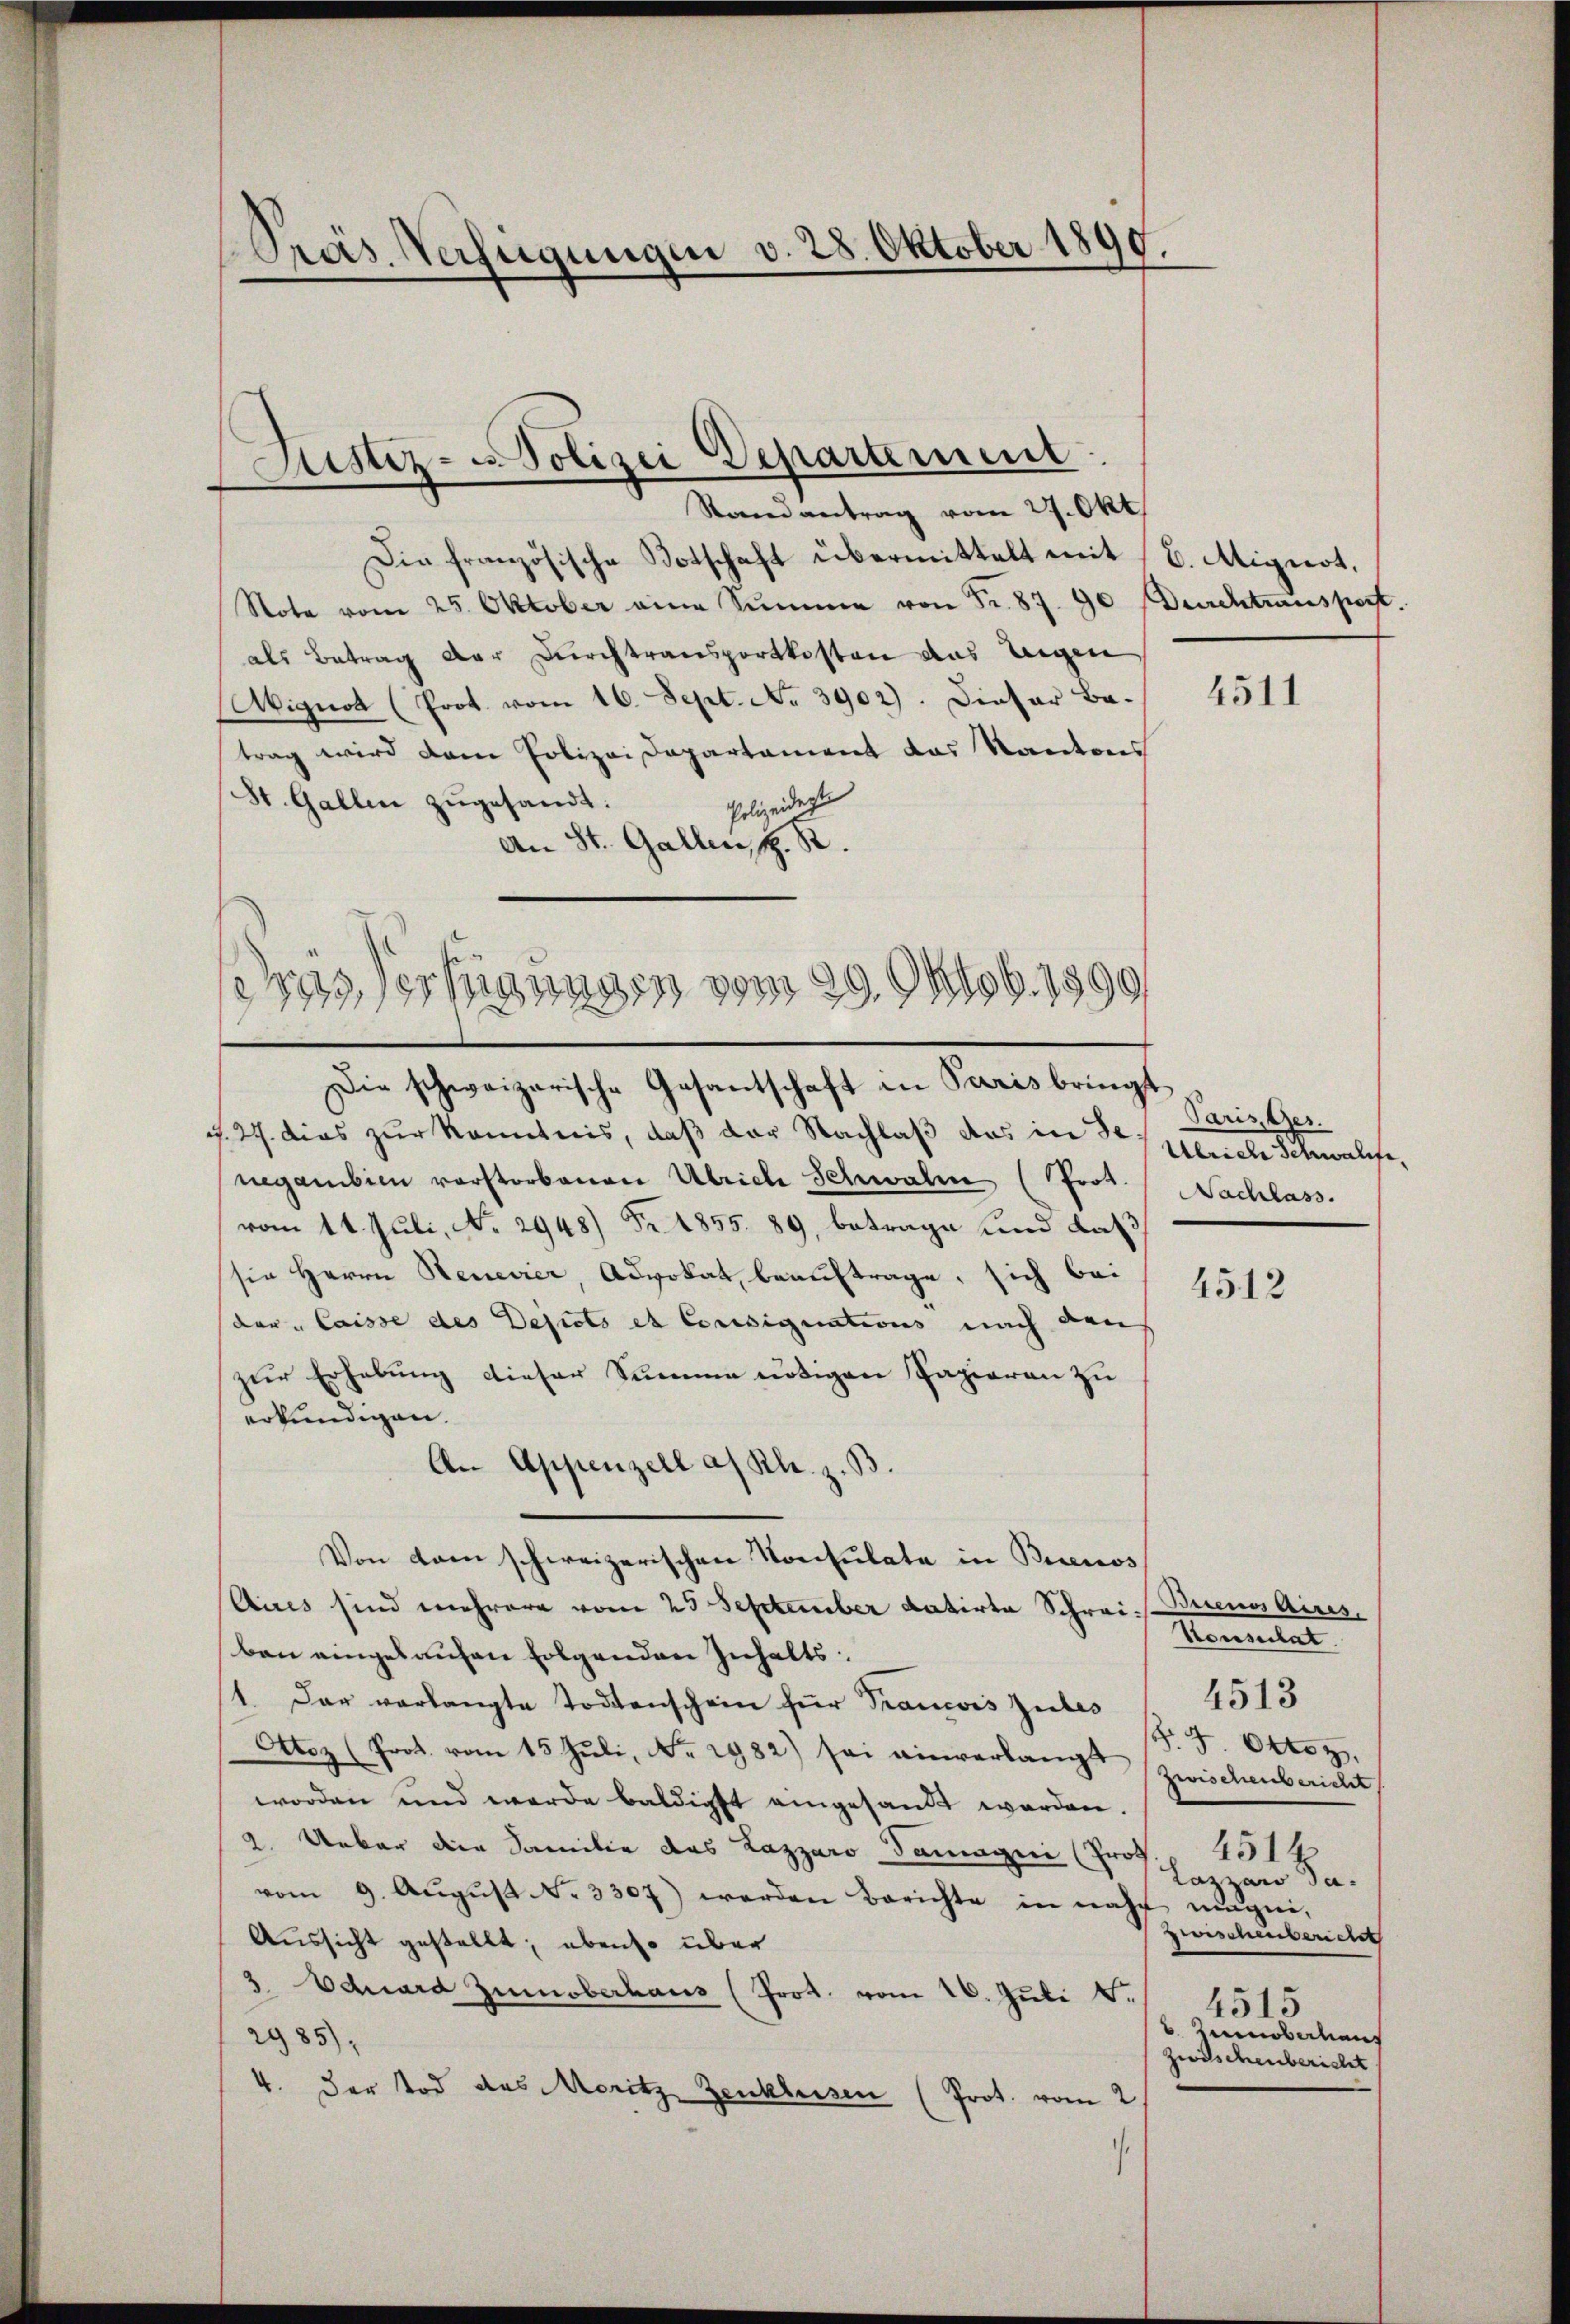
Präs. Verfügungen v. 28. Oktober 1890.

a

Justiz- u Polizei Departement
Randantrag vom 27. Okt.

Die französische Botschaft übermittelt mit (B. Aigiert.
Note vom 25. Oktober eine Summe von Fr. 87. 90 Durchtransport.
als Betrag der Durchtransportkosten das Weigen
Aignot (Prot. vom 16. Sept. No 3902). Dieser Be-
trag wird dem Polizeidepartement das Kantons
St. Gallen zugesandt:
Polizeidigte
An St. Gallen, H. R.
d

Verfügungen vom 29. Oktob. 1890

Die schweizerische Gesantschaft in Paris bringt
J. 27. dies zur Kenntnis, daß der Nachlaß das in des Kleide Schwalte,
negambien vorstorbenen Ulriche Schwalm (Prot. Nachlass
vom 14. Juli, No 2948) Fr. 1855. 89, betrage und daß
sie Herrn Renevier, Advokat beauftrage, sich bei
(der " Caisse des Depots et Consignations nach den
zur Erhebung dieser Summe nötigen Papieren zu
erkundigen.
An Appenzell a/ Kl. z. B.
Von kam schweizerischen Konsulate in Buenos
Aires sind mehrere vom 23 September datirte Schrei Buenos Aires,
ben eingekaufen folgenden Inhalts¬
1. Der verlangte Todtenschein für Trancois Gutes
Utoz (Prot. vom 15. Jŭli, Nr. 2982) sei einverlangt zwischenbericht,
worden und werde baldigst eingesandt werden.
2. Ueber die Familie das Lazaro damanni (Prof. 451 f
vom 9. Aŭgŭst No. 3307) werden Berichte in nach mugei,
Aussicht gestellt; ebenso über
3. Eduard Zumoberhaus (Prot. vom 16. Juli d.
2985),
4. Der Tod des Moritz Zenklesen (Prot. vom 2

4511

Paris Ges.

4512

Konscitat.
4513
§. 7. Otto z
Lazzaro dazerischenbericht
4515
 Luinoberhang
Zwischenbericht